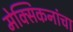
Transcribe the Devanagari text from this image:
मेक्सिकनांचा